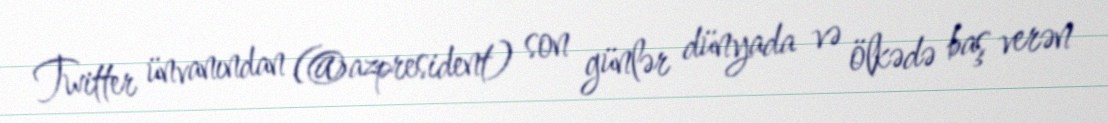
Twitter ünvanından (@azpresident) son günlər dünyada və ölkədə baş verən